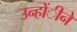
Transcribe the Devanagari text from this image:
उन्होंीने